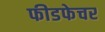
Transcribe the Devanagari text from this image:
फीडफेचर